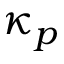
\kappa _ { p }